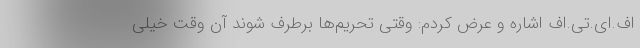
اف.ای.تی.اف اشاره و عرض کردم: وقتی تحریم‌ها برطرف شوند آن وقت خیلی